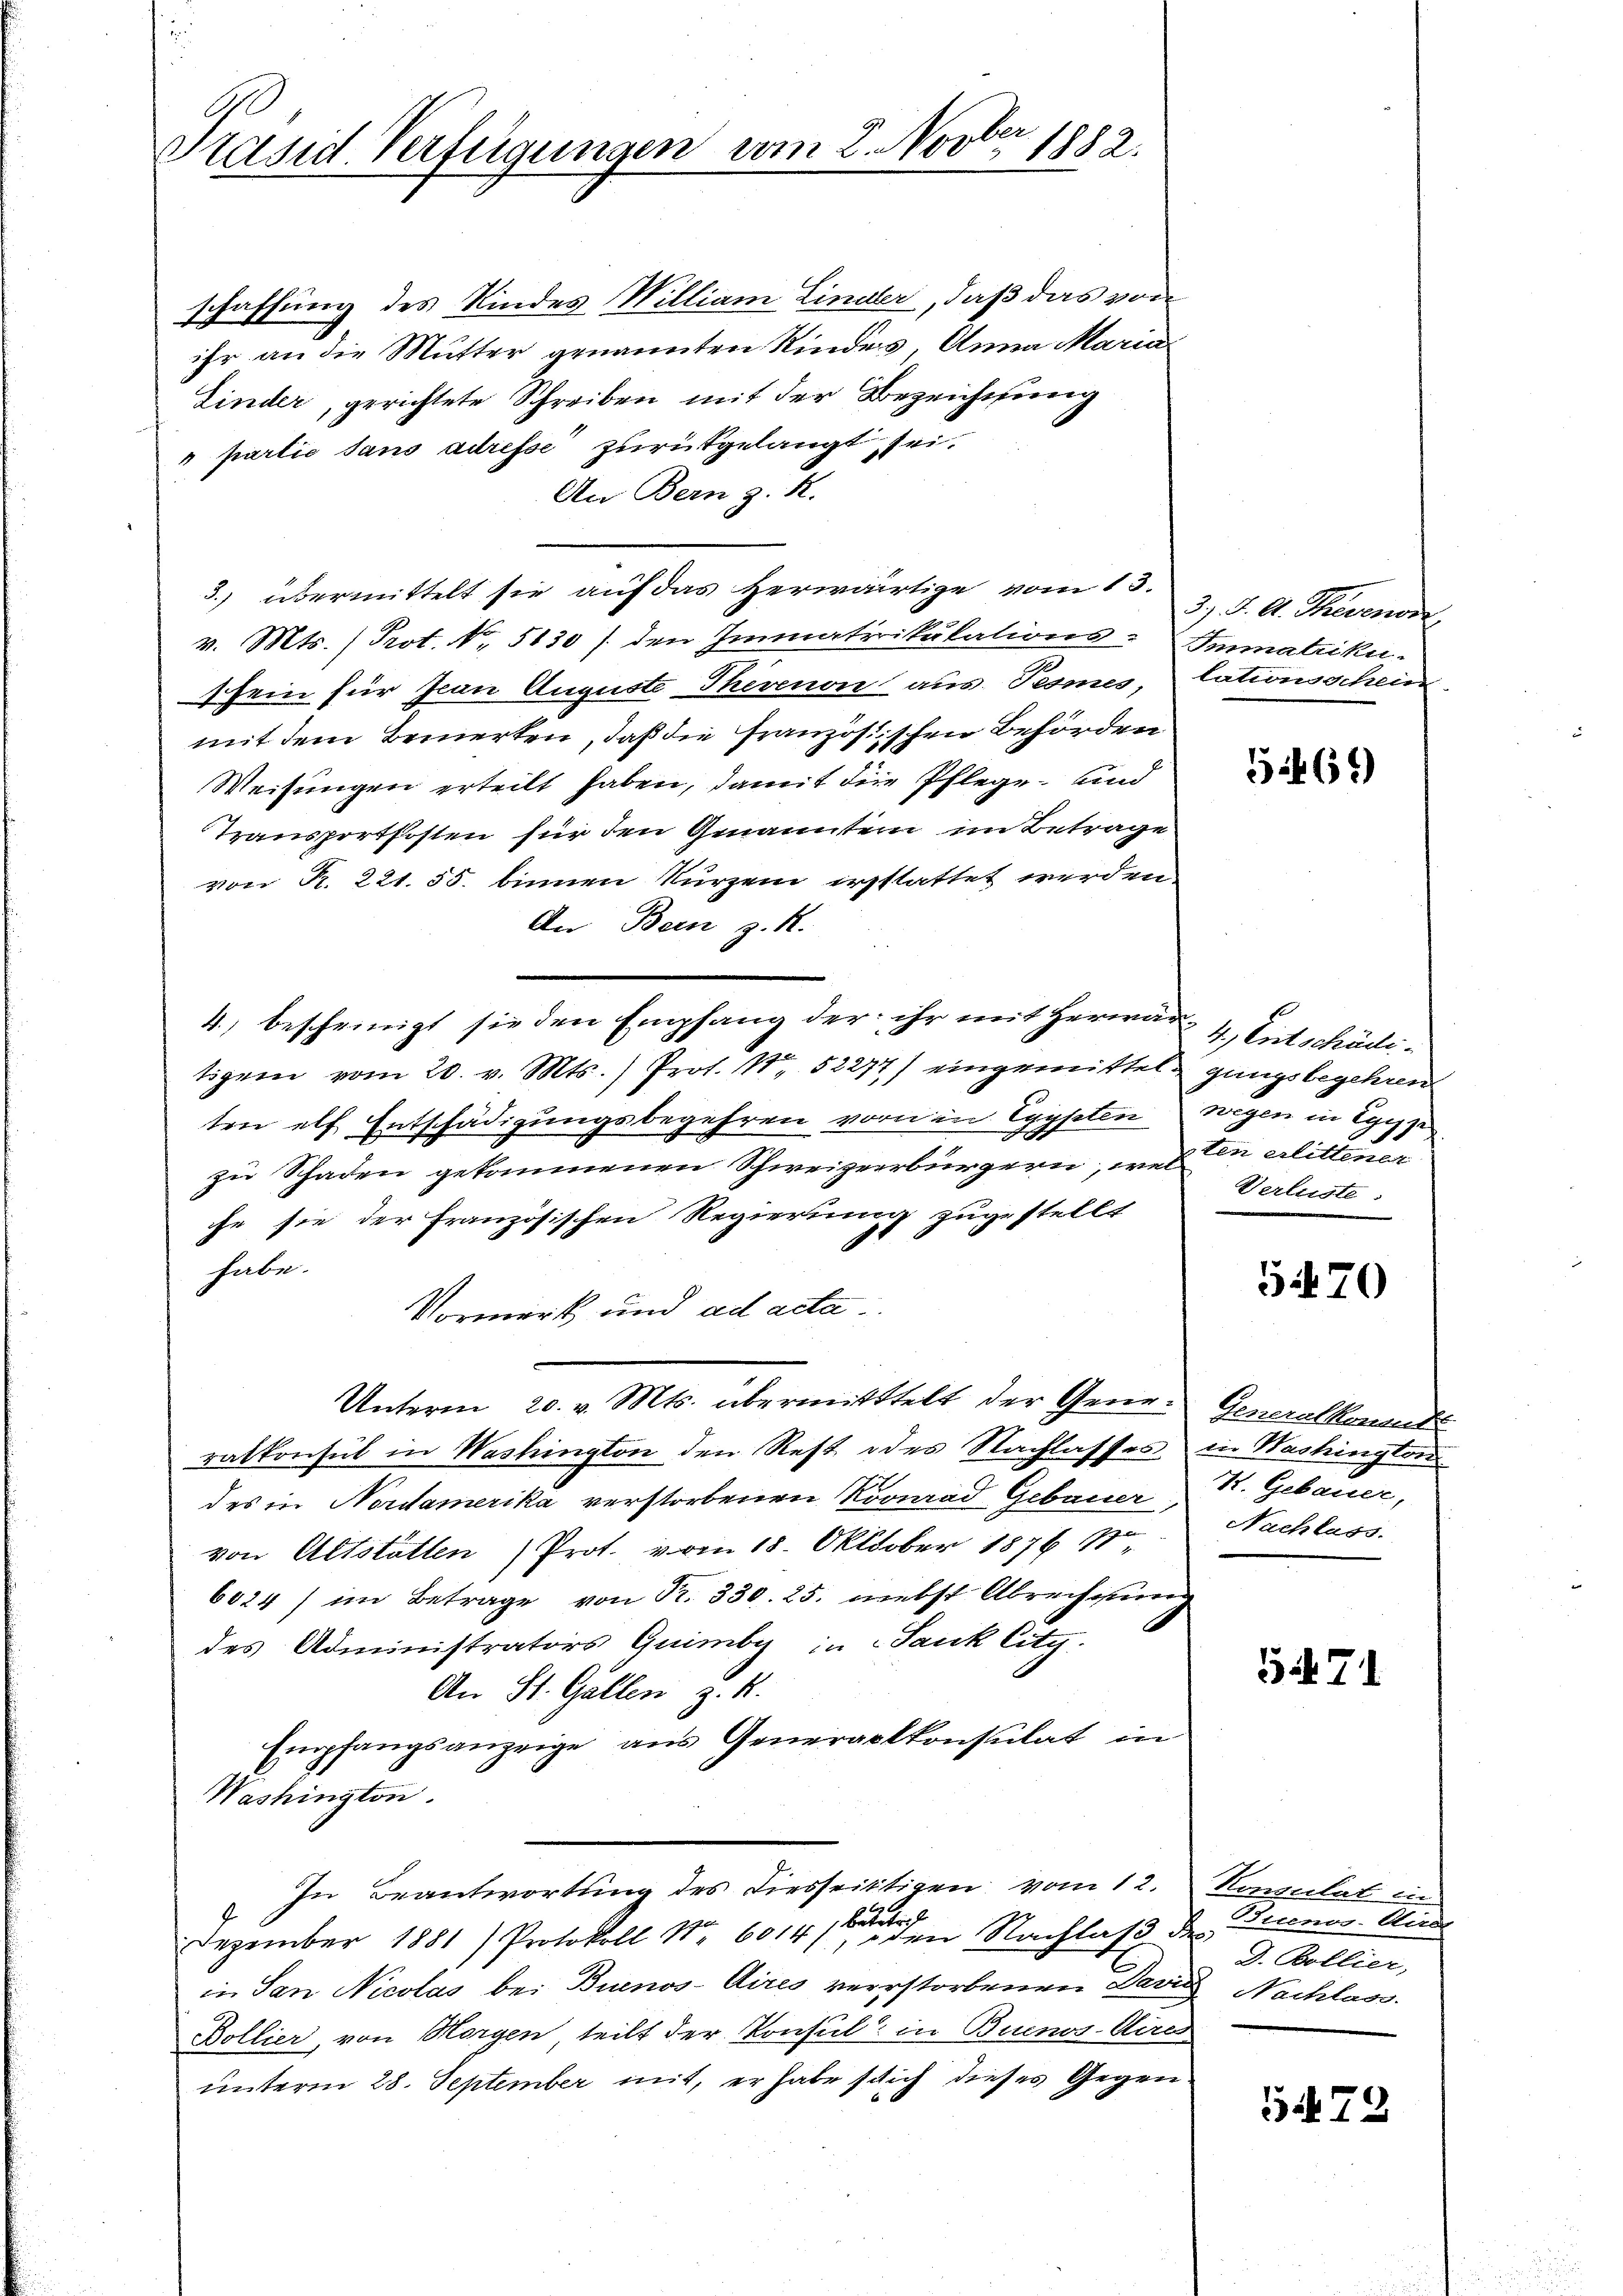
d
Präsid. Verfügungen vom 2. Nov. 1882.

schaffung des Kindes Milliam Lindler, daß das von
ihr an die Mutter genannten Kindes, Anna Maria
Linder, gerichtete Schreiben mit der Bezeichnung
" partie dans adresse zurückgelangt sei.
An Bern z. R.
3.) übermittelt sie auf das herwärtige vom 15. 3. J. A. Thevenor
v. Mts. (Prot. No. 5130 / den Immatrikulations-Immatriku
sfein für Jean Auguste Thevenon aus Tesmes, lationsschein
mit dem Bemerken, daß die französischen Behörden
Weisungen erteilt haben, damit die Pflege und
Transportkosten für den Genannten im Betrage
von R. 221. 55. binnen Kurzem irsstattet werden.
An Bern z. R.
4., bescheinigt sie den Empfang der ihr mit Herwär 4, Entschäditigem vom 20. v. Mts.) Prot. N. 52277) eingemittel gungsbegehren
ten elf Entschädigungsbegehren vorn in Egypten wegen in Egyp
zu Schaden gekommenen Schweizerbürgern, wel in erlittener
che sie der französischen Regierung zugestellt
habe.
Vormerk und ad acta
Unterm 20. v. Mts. übermitttelt der Gene- Generalkonnt
ratkonsul in Washington den Rest des Nachlasses in Wachington
des in Nordamerika verstorbenen Konrad Gebauer
von Altstatten (Prot. vom 18. Oktober 1876 S.
6024) im Betrage von Fr. 330. 25. nebst Abrechnung
des Administrators Quimber in Sank City.
An St. Gallen z. B.
Empfangsanzeige aus Generalkonsulat in
Washington.
In Beantwortung des diesseitigen vom 12.
.
Dezember 1881) Protokoll Nr. 6014ten Nachlaß des
in San Nicolas bei Buenos-Aires verstorbenen David Nachlass
Bollier, von Horgen, teilt der Konsul in Buenos. Aar
unterm 28. September mit, er habe schlich dieses Gegen

5461)

Verluste.

5.470

I. Gebauer,
Nachlass.

54. 71

Konsulat in
Buenos-Aird.
D. Bollier,

372